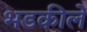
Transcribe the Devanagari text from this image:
भडकीले